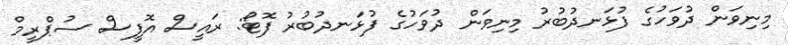
މިނިވަން ދުވަހުގެ ފުޅަނދުބުރު މިނިވަން ދުވަހުގެ ފުޅަނދުބުރު ފޮޓޯ: ރައީސް އޮފީސް ސުޕްރީމް